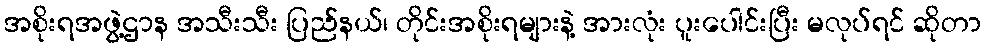
အစိုးရအဖွဲ့ဌာန အသီးသီး ပြည်နယ်၊ တိုင်းအစိုးရများနဲ့ အားလုံး ပူးပေါင်းပြီး မလုပ်ရင် ဆိုတာ